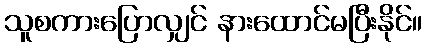
သူစကားပြောလျှင် နားထောင်မပြီးနိုင်။